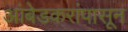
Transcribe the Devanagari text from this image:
आंबेडकरांपासून